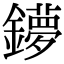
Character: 𨮒